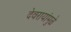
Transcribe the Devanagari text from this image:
देवरायांमुळे